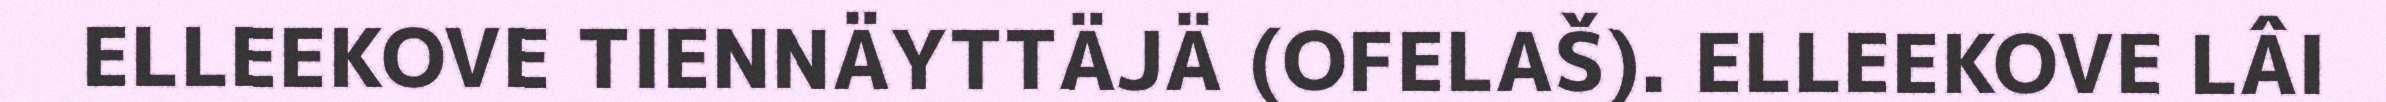
ELLEEKOVE TIENNÄYTTÄJÄ (OFELAŠ). ELLEEKOVE LÂI